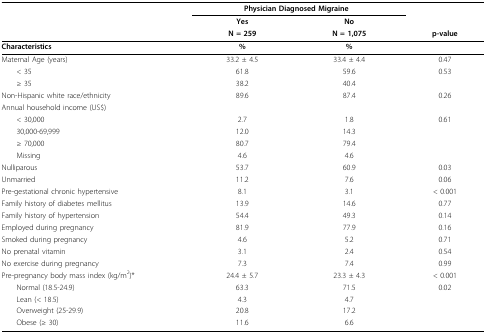
<table><thead><tr><td></td><td colspan="2"><b>Physician Diagnosed Migraine</b></td><td></td></tr><tr><td></td><td><b>Yes</b></td><td><b>No</b></td><td></td></tr><tr><td></td><td><b>N = 259</b></td><td><b>N = 1,075</b></td><td><b>p-value</b></td></tr></thead><tbody><tr><td><b>Characteristics</b></td><td><b>%</b></td><td><b>%</b></td><td></td></tr><tr><td>Maternal Age (years)</td><td>33.2 ± 4.5</td><td>33.4 ± 4.4</td><td>0.47</td></tr><tr><td> &lt; 35</td><td>61.8</td><td>59.6</td><td>0.53</td></tr><tr><td> ≥ 35</td><td>38.2</td><td>40.4</td><td></td></tr><tr><td>Non-Hispanic white race/ethnicity</td><td>89.6</td><td>87.4</td><td>0.26</td></tr><tr><td>Annual household income (US$)</td><td></td><td></td><td></td></tr><tr><td> &lt; 30,000</td><td>2.7</td><td>1.8</td><td>0.61</td></tr><tr><td> 30,000-69,999</td><td>12.0</td><td>14.3</td><td></td></tr><tr><td> ≥ 70,000</td><td>80.7</td><td>79.4</td><td></td></tr><tr><td> Missing</td><td>4.6</td><td>4.6</td><td></td></tr><tr><td>Nulliparous</td><td>53.7</td><td>60.9</td><td>0.03</td></tr><tr><td>Unmarried</td><td>11.2</td><td>7.6</td><td>0.06</td></tr><tr><td>Pre-gestational chronic hypertensive</td><td>8.1</td><td>3.1</td><td>&lt; 0.001</td></tr><tr><td>Family history of diabetes mellitus</td><td>13.9</td><td>14.6</td><td>0.77</td></tr><tr><td>Family history of hypertension</td><td>54.4</td><td>49.3</td><td>0.14</td></tr><tr><td>Employed during pregnancy</td><td>81.9</td><td>77.9</td><td>0.16</td></tr><tr><td>Smoked during pregnancy</td><td>4.6</td><td>5.2</td><td>0.71</td></tr><tr><td>No prenatal vitamin</td><td>3.1</td><td>2.4</td><td>0.54</td></tr><tr><td>No exercise during pregnancy</td><td>7.3</td><td>7.4</td><td>0.99</td></tr><tr><td>Pre-pregnancy body mass index (kg/m<sup>2</sup>)*</td><td>24.4 ± 5.7</td><td>23.3 ± 4.3</td><td>&lt; 0.001</td></tr><tr><td> Normal (18.5-24.9)</td><td>63.3</td><td>71.5</td><td>0.02</td></tr><tr><td> Lean (&lt; 18.5)</td><td>4.3</td><td>4.7</td><td></td></tr><tr><td> Overweight (25-29.9)</td><td>20.8</td><td>17.2</td><td></td></tr><tr><td> Obese (≥ 30)</td><td>11.6</td><td>6.6</td><td></td></tr></tbody></table>